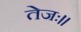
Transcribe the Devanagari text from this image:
तेजः।।